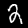
Label: 2